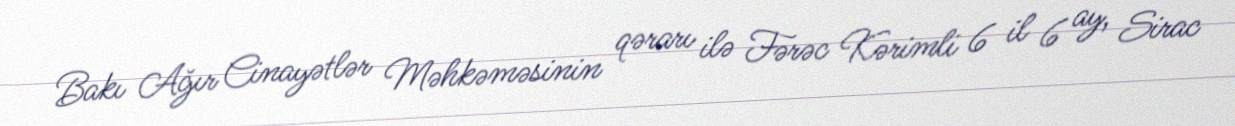
Bakı Ağır Cinayətlər Məhkəməsinin qərarı ilə Fərəc Kərimli 6 il 6 ay, Sirac